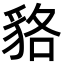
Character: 貉